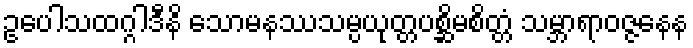
ဥပေါသထဂ္ဂါဒီနိ သောမနဿသမ္ပယုတ္တပစ္ဆိမစိတ္တံ သမ္ဘာရာဝဇ္ဇနေန